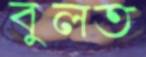
বুলত